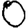
Digit: 0